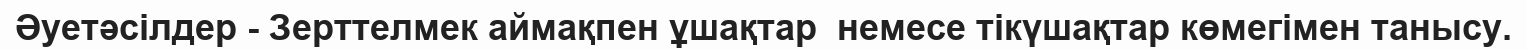
Әуетәсілдер - Зерттелмек аймақпен ұшақтар  немесе тікүшақтар көмегімен танысу.